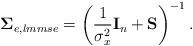
LaTeX: \begin{align*}\mathbf{\Sigma}_{e,lmmse}=\left(\frac{1}{\sigma_x^2}\mathbf{I}_n+\mathbf{S}\right)^{-1}.\end{align*}